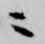
ニ